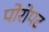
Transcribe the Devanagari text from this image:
पोरोपट